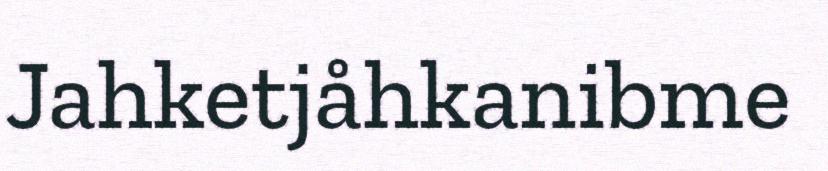
Jahketjåhkanibme